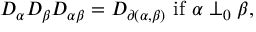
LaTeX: D _ { \alpha } D _ { \beta } D _ { \alpha \beta } = D _ { \partial ( \alpha , \beta ) } \mathrm { ~ i f ~ } \alpha \perp _ { 0 } \beta ,